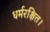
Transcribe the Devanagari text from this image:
धर्मरक्षित।